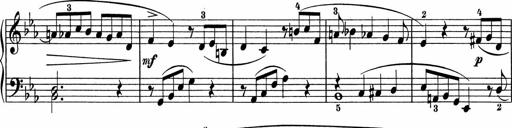
Title: 5 Sonatinen fÃ¼r die Jugend
Composer: Carl Reinecke